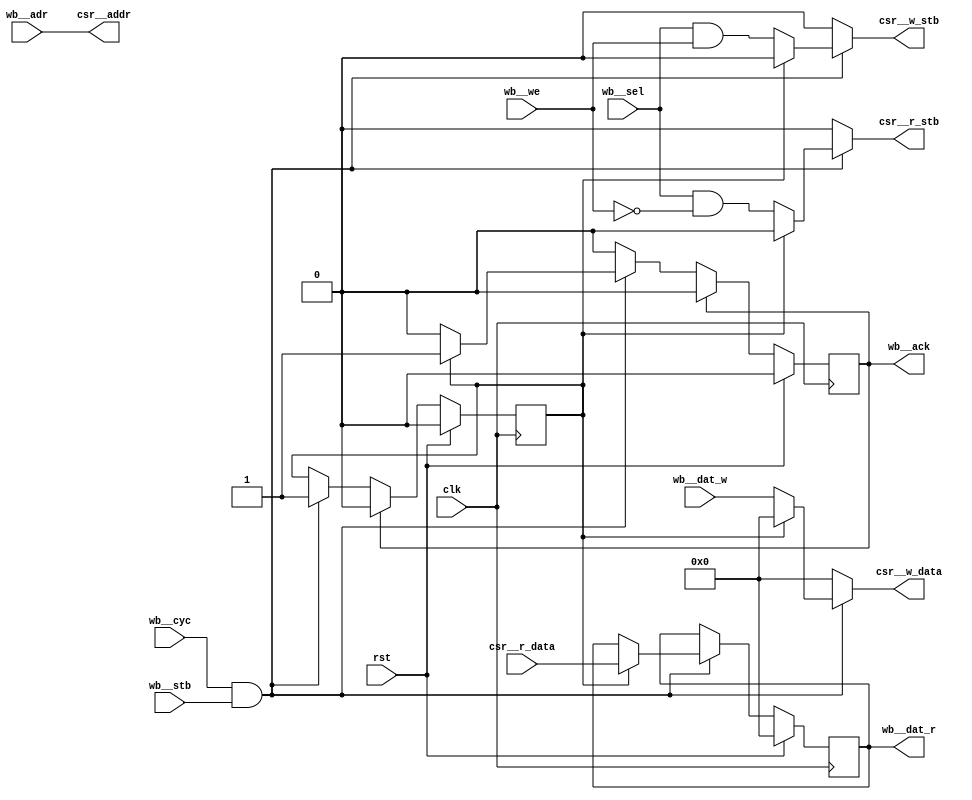
// This program was cloned from: https://github.com/NYU-MLDA/OpenABC
// License: BSD 3-Clause "New" or "Revised" License

module bridge(wb__dat_w, wb__dat_r, wb__sel, wb__cyc, wb__stb, wb__we, wb__ack, rst, clk, csr__addr, csr__r_stb, csr__w_stb, csr__w_data, csr__r_data, wb__adr);
  reg \$auto$verilog_backend.cc:2083:dump_module$1  = 0;
  wire \$1 ;
  wire \$11 ;
  wire \$13 ;
  wire \$15 ;
  wire \$17 ;
  wire \$3 ;
  wire \$5 ;
  wire \$7 ;
  wire \$9 ;
  input clk;
  wire clk;
  output csr__addr;
  wire csr__addr;
  input [31:0] csr__r_data;
  wire [31:0] csr__r_data;
  output csr__r_stb;
  reg csr__r_stb;
  output [31:0] csr__w_data;
  reg [31:0] csr__w_data;
  output csr__w_stb;
  reg csr__w_stb;
  reg cycle = 1'h0;
  reg \cycle$next ;
  input rst;
  wire rst;
  output wb__ack;
  reg wb__ack = 1'h0;
  reg \wb__ack$next ;
  input wb__adr;
  wire wb__adr;
  input wb__cyc;
  wire wb__cyc;
  output [31:0] wb__dat_r;
  reg [31:0] wb__dat_r = 32'd0;
  reg [31:0] \wb__dat_r$next ;
  input [31:0] wb__dat_w;
  wire [31:0] wb__dat_w;
  input wb__sel;
  wire wb__sel;
  input wb__stb;
  wire wb__stb;
  input wb__we;
  wire wb__we;
  assign \$9  = wb__cyc & wb__stb;
  assign \$11  = wb__sel & wb__we;
  assign \$13  = wb__cyc & wb__stb;
  assign \$15  = wb__cyc & wb__stb;
  assign \$17  = wb__cyc & wb__stb;
  always @(posedge clk)
    cycle <= \cycle$next ;
  assign \$1  = wb__cyc & wb__stb;
  always @(posedge clk)
    wb__dat_r <= \wb__dat_r$next ;
  always @(posedge clk)
    wb__ack <= \wb__ack$next ;
  assign \$3  = ~ wb__we;
  assign \$5  = wb__sel & \$3 ;
  assign \$7  = wb__cyc & wb__stb;
  always @* begin
    if (\$auto$verilog_backend.cc:2083:dump_module$1 ) begin end
    csr__r_stb = 1'h0;
    casez (\$1 )
      1'h1:
          casez (cycle)
            1'h0:
                csr__r_stb = \$5 ;
          endcase
    endcase
  end
  always @* begin
    if (\$auto$verilog_backend.cc:2083:dump_module$1 ) begin end
    csr__w_data = 32'd0;
    casez (\$7 )
      1'h1:
          casez (cycle)
            1'h0:
                csr__w_data = wb__dat_w;
          endcase
    endcase
  end
  always @* begin
    if (\$auto$verilog_backend.cc:2083:dump_module$1 ) begin end
    csr__w_stb = 1'h0;
    casez (\$9 )
      1'h1:
          casez (cycle)
            1'h0:
                csr__w_stb = \$11 ;
          endcase
    endcase
  end
  always @* begin
    if (\$auto$verilog_backend.cc:2083:dump_module$1 ) begin end
    \cycle$next  = cycle;
    casez (\$13 )
      1'h1:
          casez (cycle)
            1'h0:
                \cycle$next  = 1'h1;
          endcase
    endcase
    casez (wb__ack)
      1'h1:
          \cycle$next  = 1'h0;
    endcase
    casez (rst)
      1'h1:
          \cycle$next  = 1'h0;
    endcase
  end
  always @* begin
    if (\$auto$verilog_backend.cc:2083:dump_module$1 ) begin end
    \wb__dat_r$next  = wb__dat_r;
    casez (\$15 )
      1'h1:
          (* full_case = 32'd1 *)
          casez (cycle)
            1'h0:
                /* empty */;
            default:
                \wb__dat_r$next  = csr__r_data;
          endcase
    endcase
    casez (rst)
      1'h1:
          \wb__dat_r$next  = 32'd0;
    endcase
  end
  always @* begin
    if (\$auto$verilog_backend.cc:2083:dump_module$1 ) begin end
    \wb__ack$next  = wb__ack;
    casez (\$17 )
      1'h1:
          (* full_case = 32'd1 *)
          casez (cycle)
            1'h0:
                /* empty */;
            default:
                \wb__ack$next  = 1'h1;
          endcase
    endcase
    casez (wb__ack)
      1'h1:
          \wb__ack$next  = 1'h0;
    endcase
    casez (rst)
      1'h1:
          \wb__ack$next  = 1'h0;
    endcase
  end
  assign csr__addr = wb__adr;
endmodule